Scottish Leaving Certificate Examination, 1958
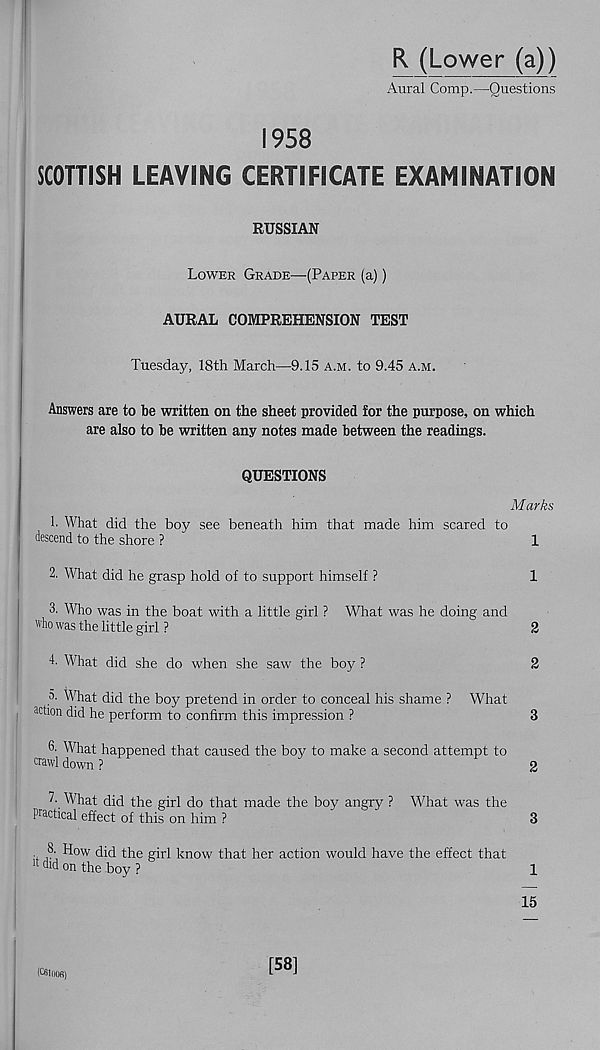
R (Lower (a))
Aural Comp.—Questions
1958
SCOTTISH LEAVING CERTIFICATE EXAMINATION
RUSSIAN
Lower Grade—(Paper (a))
AURAL COMPREHENSION TEST
Tuesday, 18th March—9.15 a.m. to 9.45 a.m.
Answers are to be written on the sheet provided for the purpose, on which
are also to be written any notes made between the readings.
QUESTIONS
Marks
1. What did the boy see beneath him that made him scared to
descend to the shore ?
1
2. What did he grasp hold of to support himself ?
1
3. Who was in the boat with a little girl ? What was he doing and
"ho was the little girl ?
2
4. What did she do when she saw the boy ?
2
а. What did the boy pretend in order to conceal his shame ? What
action did he perform to confirm this impression ?
3
б. What happened that caused the boy to make a second attempt to
crawl down ?
2
What did the girl do that made the boy angry ? What was the
Practical effect of this on him ?
3
8- How did the girl know that her action would have the effect that
11 did on the boy ?
1